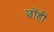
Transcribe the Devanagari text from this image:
छाँहीं